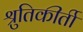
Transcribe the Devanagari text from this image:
श्रुतिकीर्ती